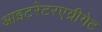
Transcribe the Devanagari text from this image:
आइटरेटरएग्रीगेट